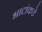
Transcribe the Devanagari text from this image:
भाटांकडे